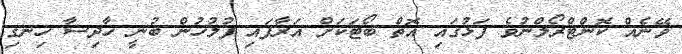
ވޭނެއް ކޮންޓްރޯލްނުވެ ފަޅުގައި އޮތް ބޯޓަކަށް އަރާފައި ފުލުހުން ބުނީ ހާދިސާ ހިނގި